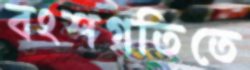
বংশগতিতে